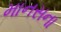
માનસના